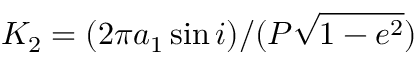
K _ { 2 } = ( 2 \pi a _ { 1 } \sin i ) / ( P \sqrt { 1 - e ^ { 2 } } )